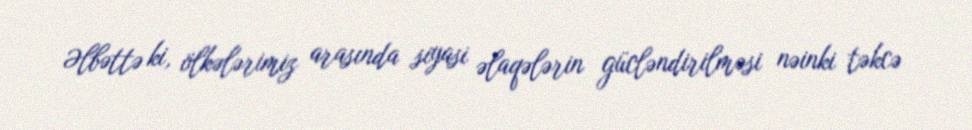
Əlbəttə ki, ölkələrimiz arasında siyasi əlaqələrin gücləndirilməsi nəinki təkcə